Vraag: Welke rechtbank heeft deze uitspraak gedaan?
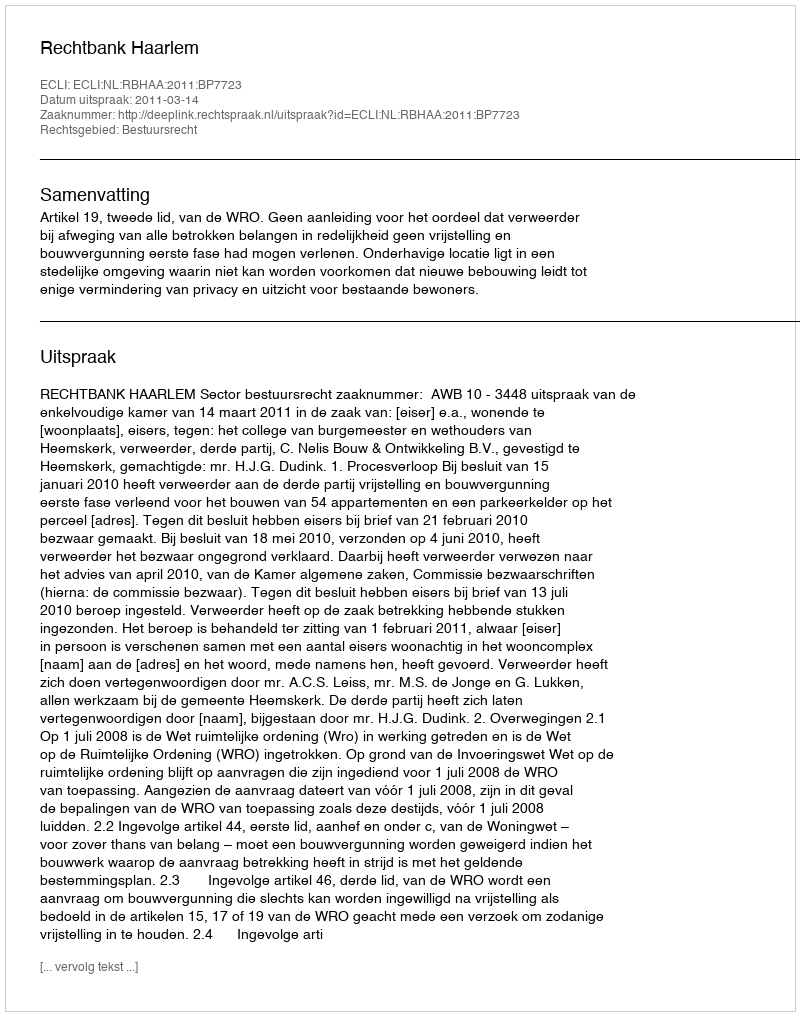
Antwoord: Rechtbank Haarlem